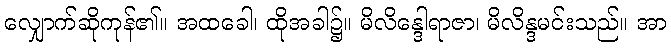
လျှောက်ဆိုကုန်၏။ အထခေါ၊ ထိုအခါ၌။ မိလိန္ဒေါရာဇာ၊ မိလိန္ဒမင်းသည်။ အာ